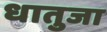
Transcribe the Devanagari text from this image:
धातुजा